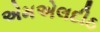
એમએલદીઠ